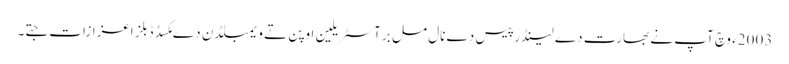
2003ء وچ آپ نے بھارت دے لینڈر پیس دے نال مل بر آسٹریلین اوپن تے ویمبلڈن دے مکسڈ ڈبلز اعزازات جتے۔